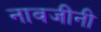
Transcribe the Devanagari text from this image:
नावजींनी